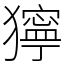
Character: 獰